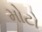
મોટો